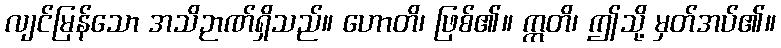
လျင်မြန်သော အသိဉာဏ်ရှိသည်။ ဟောတိ၊ ဖြစ်၏။ ဣတိ၊ ဤသို့ မှတ်အပ်၏။